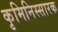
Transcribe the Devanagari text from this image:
कृमिनिस्सारक